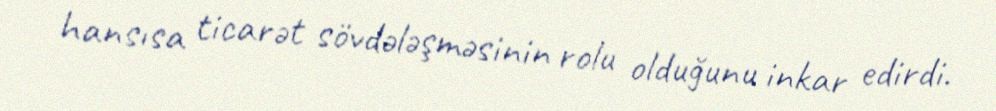
hansısa ticarət sövdələşməsinin rolu olduğunu inkar edirdi.